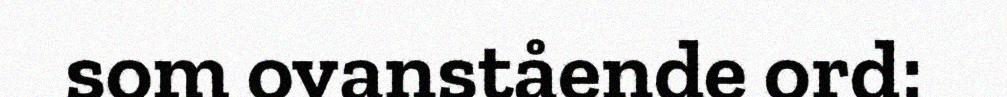
som ovanstående ord: